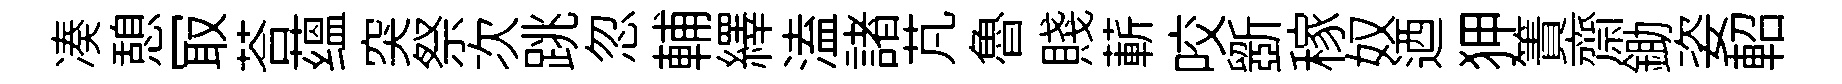
凑憩冣荅蕴突祭次跳忽輔繹溘諸芃魯賤蔪咬斵稼奴迺狎簀齋鋤姿軺